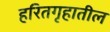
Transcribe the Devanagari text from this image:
हरितगृहातील